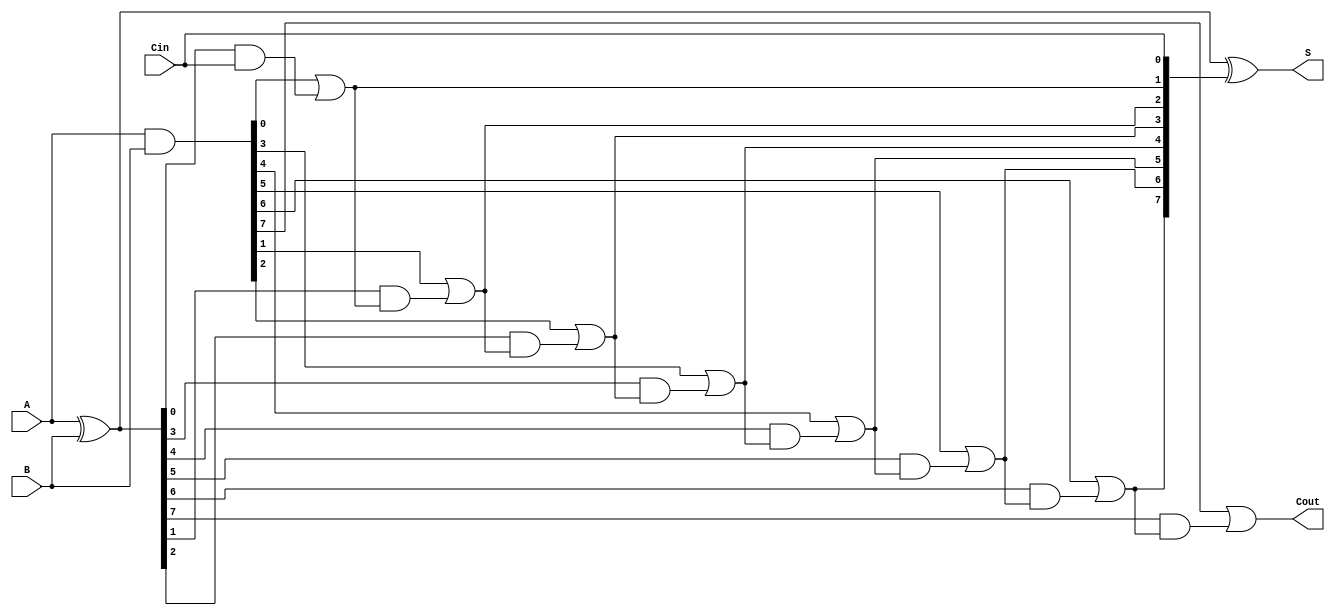
module SklanskyAdder #(parameter n = 8) (
    input  wire [n-1:0] A,      // First input
    input  wire [n-1:0] B,      // Second input
    input  wire Cin,             // Carry-in
    output wire [n-1:0] S,       // Sum output
    output wire Cout             // Carry-out
);

    // Generate and Propagate signals
    wire [n-1:0] G; // Generate signals
    wire [n-1:0] P; // Propagate signals
    wire [n:0] C;   // Carry signals

    // Generate and Propagate calculations
    assign G = A & B;           // G[i] = A[i] & B[i]
    assign P = A ^ B;           // P[i] = A[i] ^ B[i]

    // Carry calculations
    assign C[0] = Cin;          // C[0] = Cin

    genvar i;
    generate
        for (i = 0; i < n; i = i + 1) begin : carry_calc
            if (i == 0) begin
                assign C[i + 1] = G[i] | (P[i] & C[i]); // C[1] = G[0] | (P[0] & C[0])
            end else begin
                assign C[i + 1] = G[i] | (P[i] & C[i]); // C[i + 1] = G[i] | (P[i] & C[i])
            end
        end
    endgenerate

    // Sum calculation
    assign S = P ^ C[n-1:0]; // S[i] = P[i] ^ C[i]

    // Final carry-out
    assign Cout = C[n]; // Cout = C[n]

endmodule